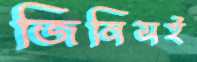
জিনিসই